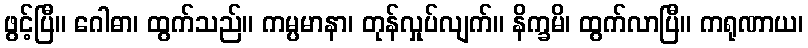
ဖွင့်ပြီ။ ဂေါဓာ၊ ထွက်သည်။ ကမ္ပမာနာ၊ တုန်လှုပ်လျက်။ နိက္ခမိ၊ ထွက်လာပြီ။ ကရုဏာယ၊